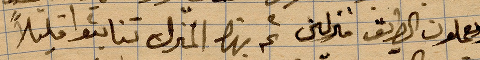
ويعملون الطريق منزلين ... المنزل ليناموا قليلًا